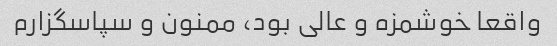
واقعا خوشمزه و عالی بود، ممنون و سپاسگزارم